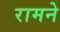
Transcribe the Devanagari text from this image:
रामने